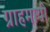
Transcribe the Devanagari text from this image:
ग्राहमायी